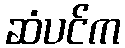
ဆံပင်က